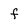
Character: f